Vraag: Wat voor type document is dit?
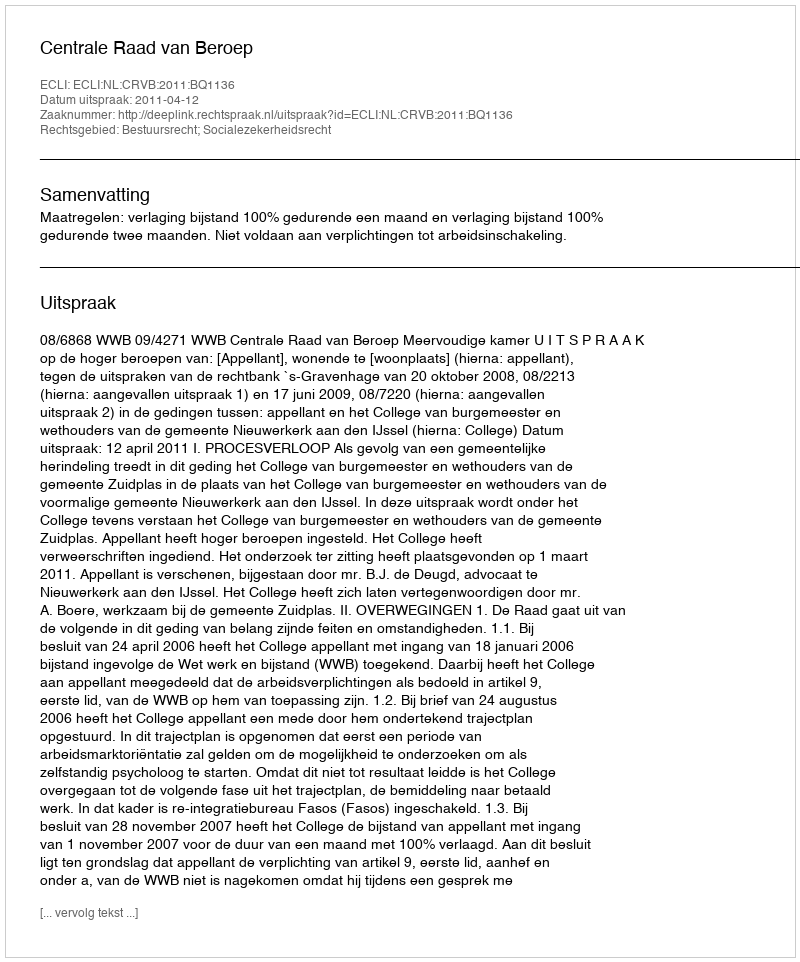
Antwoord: Uitspraak